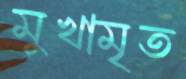
মুখামৃত